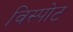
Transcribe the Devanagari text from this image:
विस्पोट